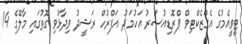
ޓީވީއެމުގެ އެގްޒެކްޓިވް ޕްރޮޑިއުސަރު އަހުމަދު އަފްރުހް ރަޝީދު ވިދާޅުވި ގޮތުގައި މާލޭގެ 14